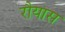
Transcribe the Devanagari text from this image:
रौयास